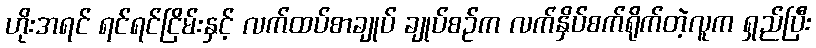
ဟိုးအရင် ရင်ရင်ငြိမ်းနှင့် လက်ထပ်စာချုပ် ချုပ်စဉ်က လက်နှိပ်စက်ရိုက်တဲ့လူက ရှည်ပြီး